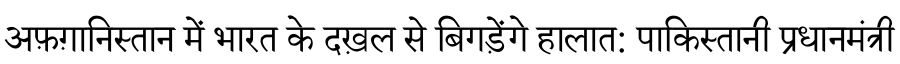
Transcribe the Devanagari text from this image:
अफ़ग़ानिस्तान में भारत के दख़ल से बिगड़ेंगे हालात: पाकिस्तानी प्रधानमंत्री